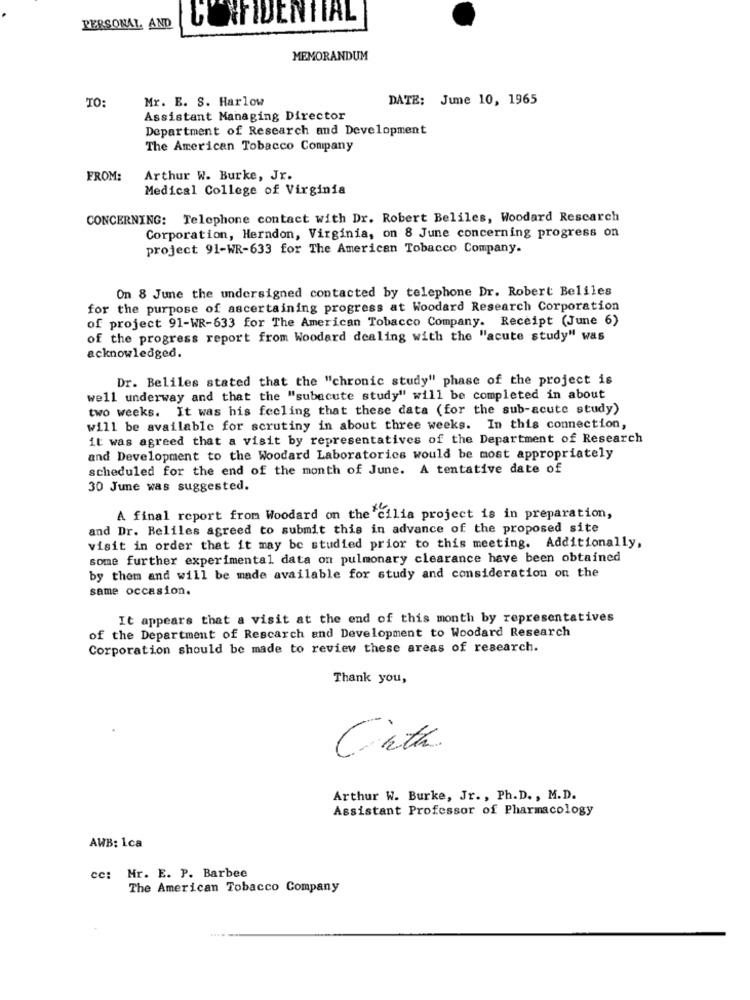
CONFIDENTIAL
PERSONAL AND
MEMORANDUM
Mr. E. S. Harlow
DATE: June 10, 1965
TO:
Assistant Managing Director
Department of Research and Development
The American Tobacco Company
FROM:
Arthur W. Burke, Jr.
Medical College of Virginia
CONCERNING: Telephone contact with Dr. Robert Beliles, Woodard Rescarch
Corporation, Herndon, Virginia, on 8 June concerning progress on
project 91-WR-633 for The American Tobacco Company.
On 8 June the undersigned contacted by telephone Dr. Robert Beliles
for the purpose of ascertaining progress at Woodard Research Corporation
of project 91-WR-633 for The American Tobacco Company. Receipt (June 6)
of the progress report from Woodard dealing with the "acute study" was
acknowledged.
Dr. Beliles stated that the "chronic study" phase of the project is
well underway and that the "subacute study" will be completed in about
two weeks. It was his feeling that these data (for the sub-acute study)
will be available for scrutiny in about three weeks. In this connection,
it was agreed that a visit by representatives of the Department of Research
and Development to the Woodard Laboratories would be most appropriately
scheduled for the end of the month of June. A tentative date of
30 June was suggested.
A final report from Woodard on the cilia project is in preparation,
and Dr. Beliles agreed to submit this in advance of the proposed site
visit in order that it may be studied prior to this meeting. Additionally,
some further experimental data on pulmonary clearance have been obtained
by them and will be made available for study and consideration on the
same occasion.
It appears that a visit at the end of this month by representatives
of the Department of Rescarch and Development to Woodard Research
Corporation should be made to review these areas of research.
Thank you,
Cita
Arthur W. Burke, Jr ., Ph. D. , M.D.
Assistant Professor of Pharmacology
AWB: 1ca
cc:
Mr. E. P. Barbee
The American Tobacco Company